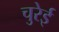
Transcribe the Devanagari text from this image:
चुरेई